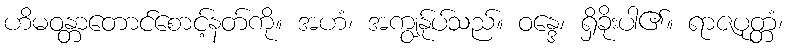
ဟိမဝန္တာတောင်စောင့်နတ်ကို။ အဟံ၊ အကျွန်ုပ်သည်။ ဝန္ဒေ၊ ရှိခိုးပါ၏။ ရာဇပုတ္တံ၊